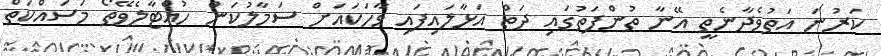
ކަރުނަ އަތުވެދާނެތީ އޭނާ ތުންފަތުގައި ދަތް އަޅާލައިފައި ވާހަކައަށް ސަމާލުކަން ހުއްޓާލެވޭތޯ މަސައްކަތް